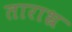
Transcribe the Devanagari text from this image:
ताराभ्र